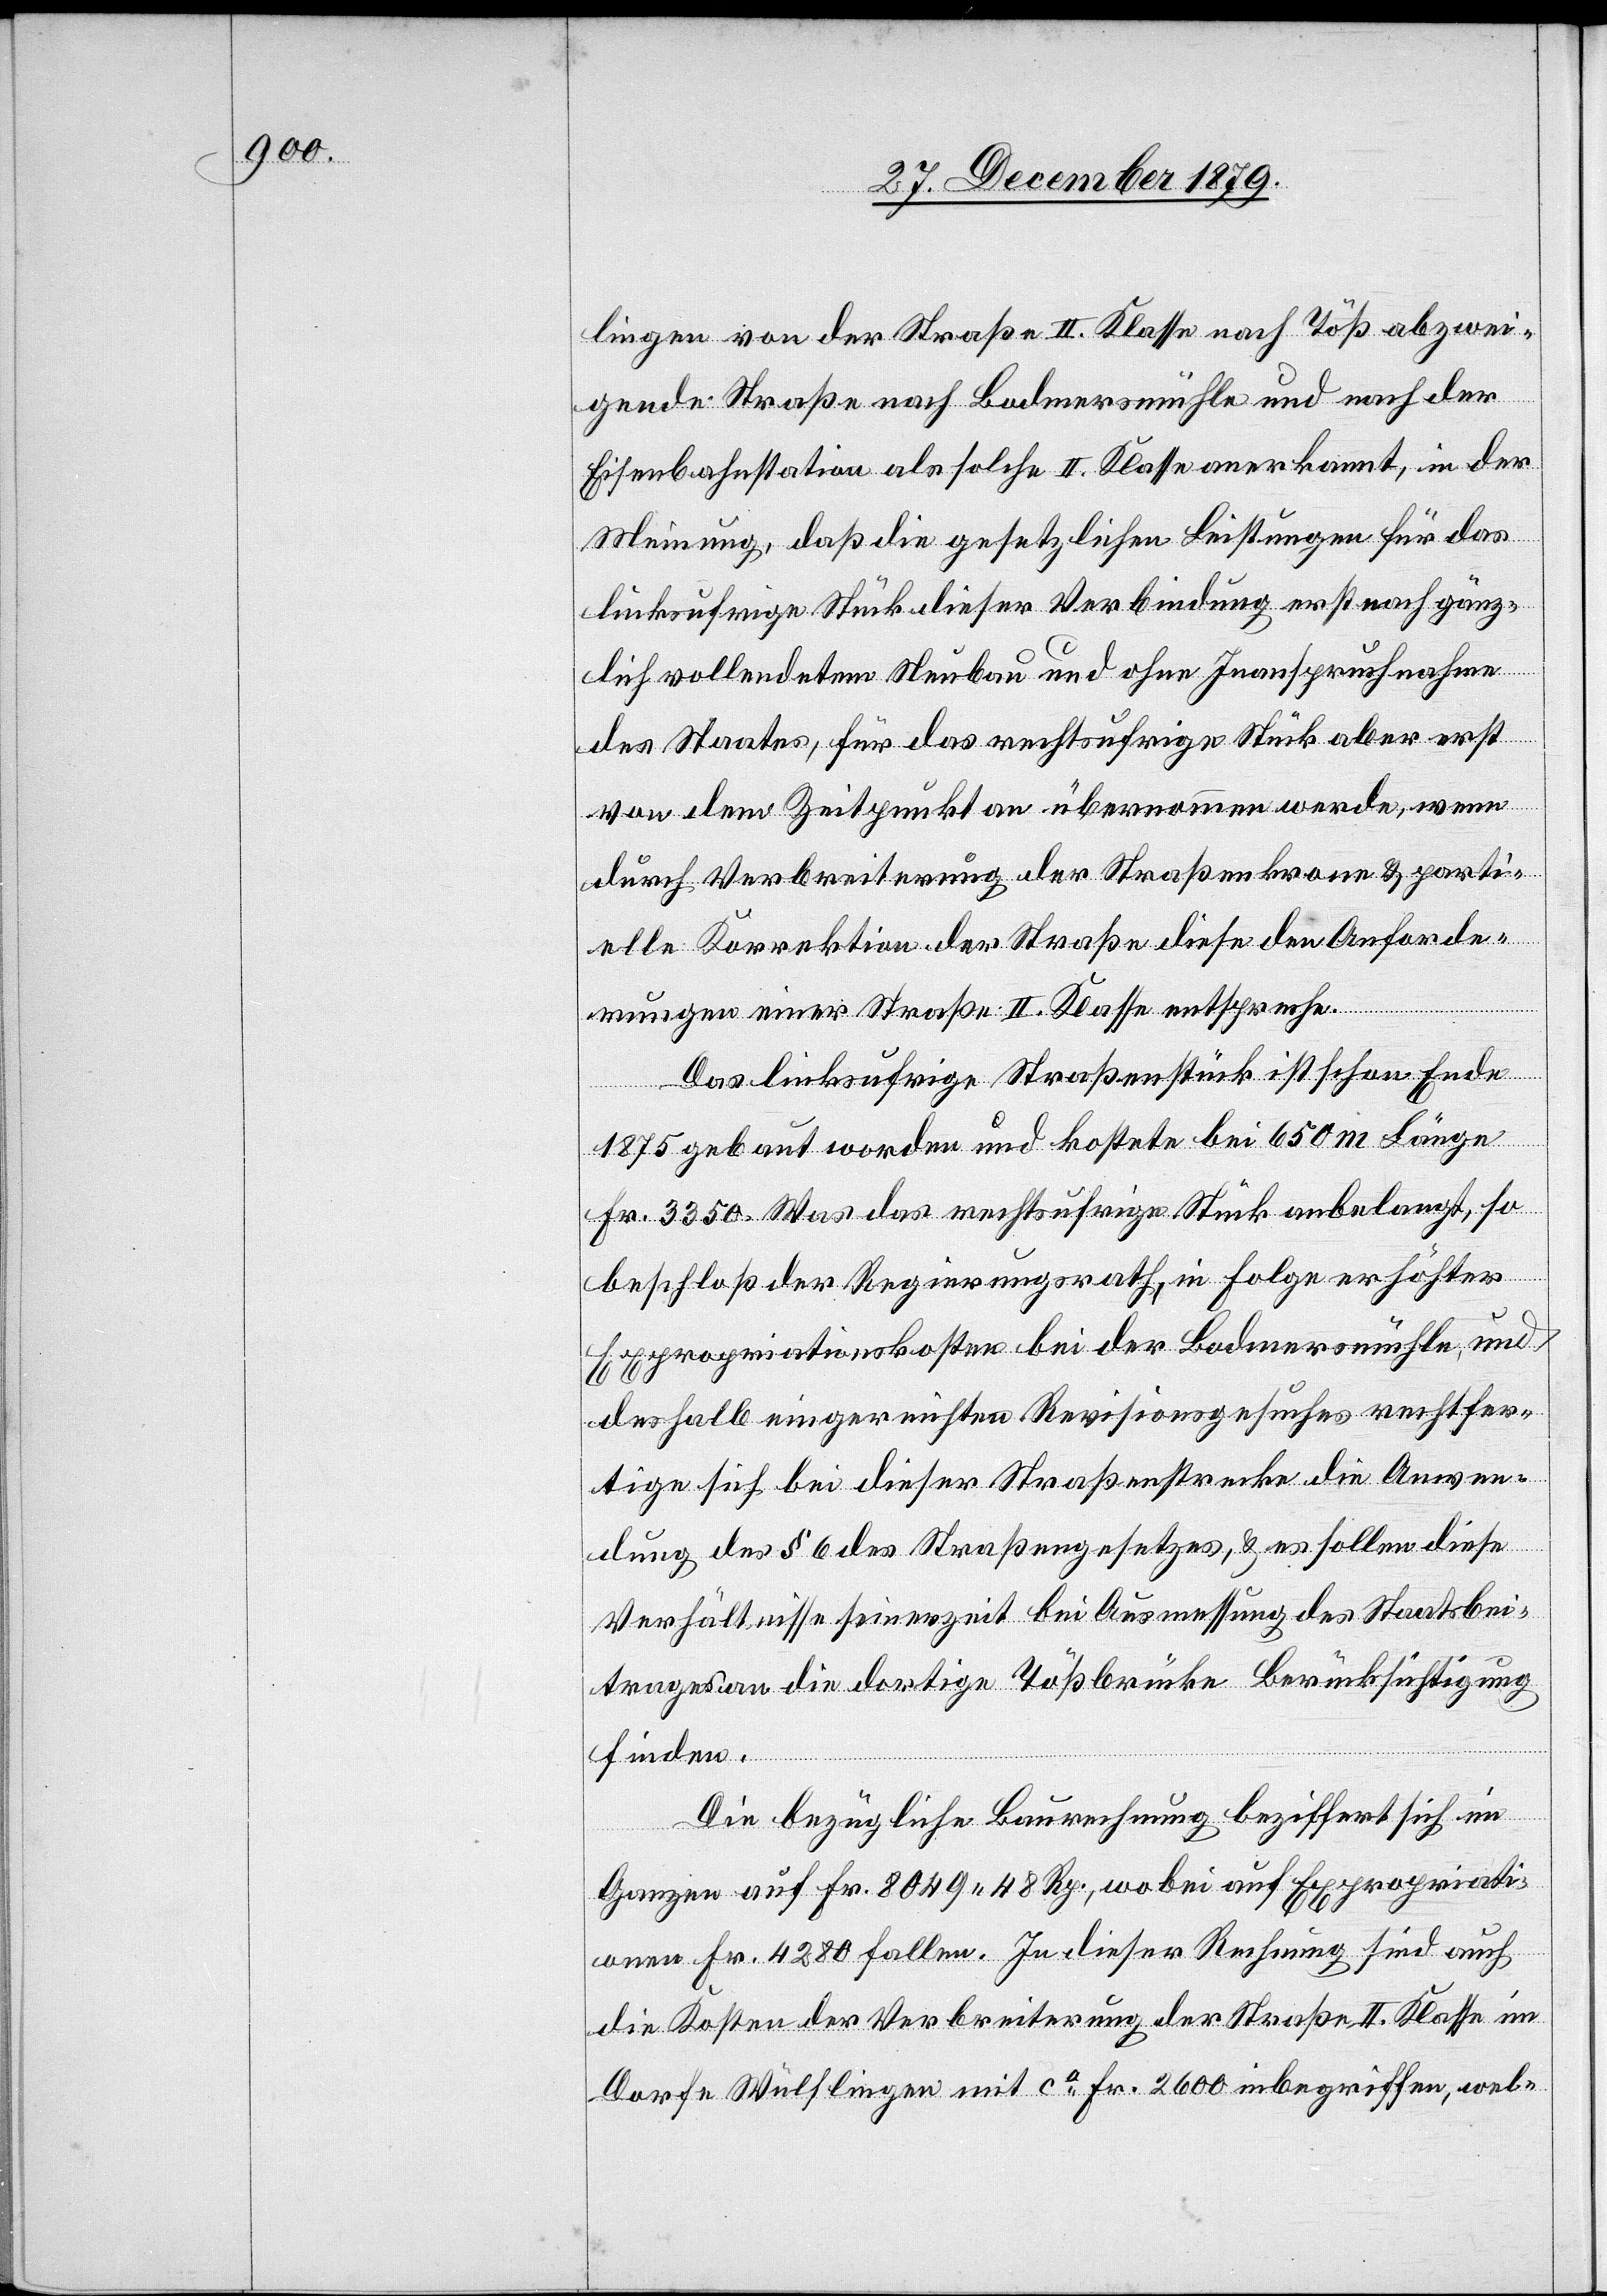
lingen von der Straße II. Klasse nach Töß abzwei¬
gende Straße nach Bodmersmühle und nach der
Eisenbahnstation als solche II. Klasse anerkannt, in der
Meinung, daß die gesetzlichen Leistungen für das
linksufrige Stück dieser Verbindung erst nach gänz¬
lich vollendetem Neubau und ohne Inanspruchnahme
des Staates, für das rechtsufrige Stück aber erst
von dem Zeitpunkt an übernommen werde, wenn
durch Verbreiterung der Straßenkrone & parti¬
elle Korrektion der Straße diese den Anforde¬
rungen einer Straße II. Klasse entspreche.
Das linksufrige Straßenstück ist schon Ende
1875 gebaut worden und kostete bei 650 m Länge
Fr. 3350. Was das rechtsufrige Stück anbelangt, so
beschloß der Regierungsrath, in Folge erhöhter
Expropriationskosten bei der Bodmersmühle, und
deshalb eingereichten Revisionsgesuches rechtfer¬
tige es sich bei dieser Straßenstrecke die Anwen¬
dung des § 6 des Straßengesetzes, & es sollen diese
Verhältnisse seinerzeit bei Ausmessung des Staatsbei¬
trages an die dortige Tößbrücke Berücksichtigung
finden.
Die bezügliche Baurechnung beziffert sich im
Ganzen auf Fr. 8049 48 Rp., wobei auf Expropriati¬
onen Fr. 4280 fallen. In dieser Rechnung sind auch
die Kosten der Verbreiterung der Straße II. Klasse im
Dorfe Wülflingen mit ca Fr. 2600 inbegriffen, wel-